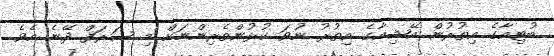
ބުޓިއާގެ އިތުރުން އޭޝިއާގެ އިތުރު ނުވަ ކުޅުންތެރިންނަށް މި ޝަރަފް ދޭނެ އެވެ.